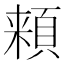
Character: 𩓋